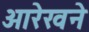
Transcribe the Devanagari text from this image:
आरेखने